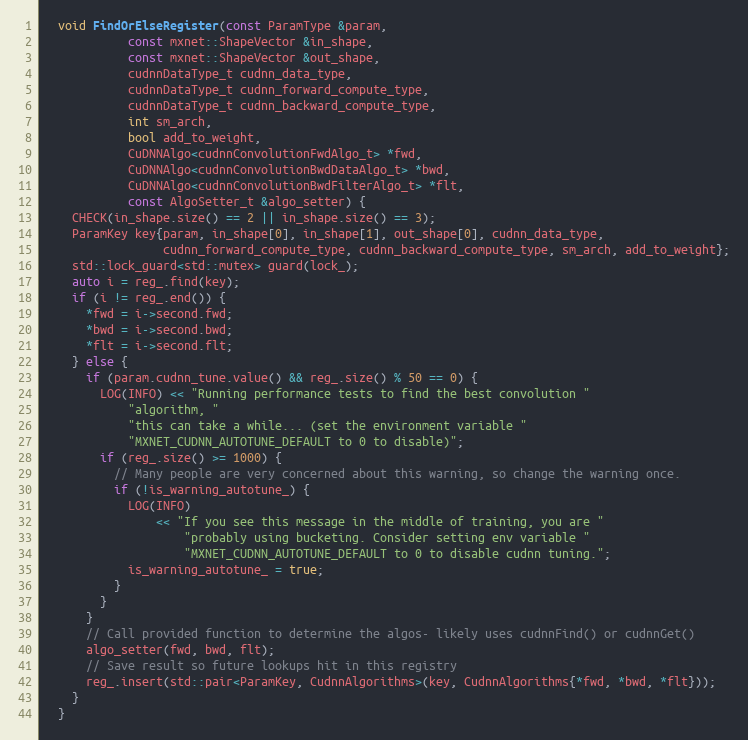
Language: C
  void FindOrElseRegister(const ParamType &param,
            const mxnet::ShapeVector &in_shape,
            const mxnet::ShapeVector &out_shape,
            cudnnDataType_t cudnn_data_type,
            cudnnDataType_t cudnn_forward_compute_type,
            cudnnDataType_t cudnn_backward_compute_type,
            int sm_arch,
            bool add_to_weight,
            CuDNNAlgo<cudnnConvolutionFwdAlgo_t> *fwd,
            CuDNNAlgo<cudnnConvolutionBwdDataAlgo_t> *bwd,
            CuDNNAlgo<cudnnConvolutionBwdFilterAlgo_t> *flt,
            const AlgoSetter_t &algo_setter) {
    CHECK(in_shape.size() == 2 || in_shape.size() == 3);
    ParamKey key{param, in_shape[0], in_shape[1], out_shape[0], cudnn_data_type,
                 cudnn_forward_compute_type, cudnn_backward_compute_type, sm_arch, add_to_weight};
    std::lock_guard<std::mutex> guard(lock_);
    auto i = reg_.find(key);
    if (i != reg_.end()) {
      *fwd = i->second.fwd;
      *bwd = i->second.bwd;
      *flt = i->second.flt;
    } else {
      if (param.cudnn_tune.value() && reg_.size() % 50 == 0) {
        LOG(INFO) << "Running performance tests to find the best convolution "
            "algorithm, "
            "this can take a while... (set the environment variable "
            "MXNET_CUDNN_AUTOTUNE_DEFAULT to 0 to disable)";
        if (reg_.size() >= 1000) {
          // Many people are very concerned about this warning, so change the warning once.
          if (!is_warning_autotune_) {
            LOG(INFO)
                << "If you see this message in the middle of training, you are "
                    "probably using bucketing. Consider setting env variable "
                    "MXNET_CUDNN_AUTOTUNE_DEFAULT to 0 to disable cudnn tuning.";
            is_warning_autotune_ = true;
          }
        }
      }
      // Call provided function to determine the algos- likely uses cudnnFind() or cudnnGet()
      algo_setter(fwd, bwd, flt);
      // Save result so future lookups hit in this registry
      reg_.insert(std::pair<ParamKey, CudnnAlgorithms>(key, CudnnAlgorithms{*fwd, *bwd, *flt}));
    }
  }